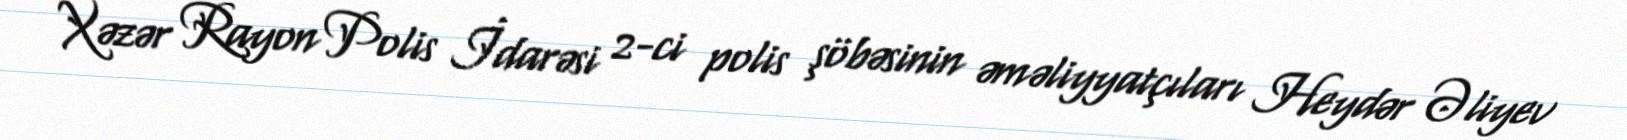
Xəzər Rayon Polis İdarəsi 2-ci polis şöbəsinin əməliyyatçıları Heydər Əliyev